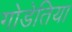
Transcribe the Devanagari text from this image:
गोडेतिया